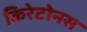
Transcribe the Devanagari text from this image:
किरेटोनस